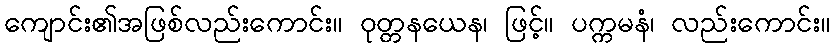
ကျောင်း၏အဖြစ်လည်းကောင်း။ ဝုတ္တနယေန၊ ဖြင့်။ ပက္ကမနံ၊ လည်းကောင်း။